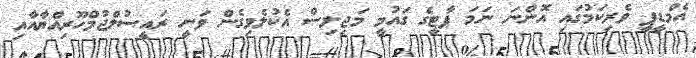
އެމްޑީޕީ ވެރިކަމުގައި އޮންނަ ނަމަ ޕާޓީގެ ގައުމީ މަޖިލިސް އެކުލެވިގެން ވަނީ ރައީސުލްޖުމްހޫރިއްޔާއާއި